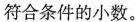
符合条件的小数。